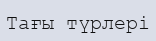
Тағы түрлері